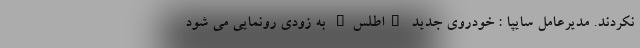
نکردند. مدیرعامل سایپا : خودروی جدید "اطلس" به زودی رونمایی می شود